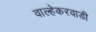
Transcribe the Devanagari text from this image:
वाल्हेकरवाडी